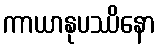
ကာယာနုပဿိနော